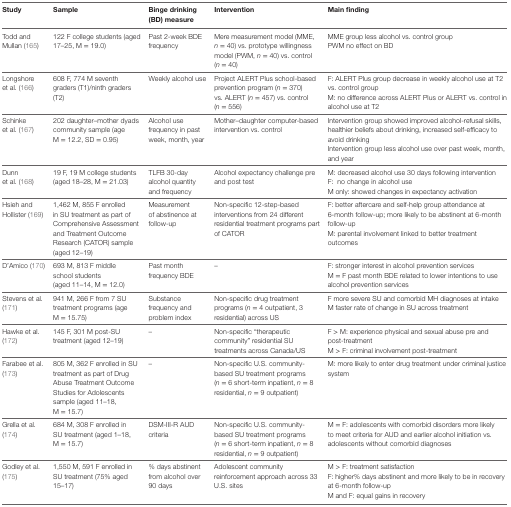
<table><thead><tr><td><b>Study</b></td><td><b>Sample</b></td><td><b>Binge drinking (BD) measure</b></td><td><b>Intervention</b></td><td><b>Main finding</b></td></tr></thead><tbody><tr><td>Todd and Mullan (165)</td><td>122 F college students (aged 17–25, M = 19.0)</td><td>Past 2-week BDE frequency</td><td>Mere measurement model (MME, <i>n</i> = 40) vs. prototype willingness model (PWM, <i>n</i> = 40) vs. control (<i>n</i> = 40)</td><td>MME group less alcohol vs. control groupPWM no effect on BD</td></tr><tr><td>Longshore et al. (166)</td><td>608 F, 774 M seventh graders (T1)/ninth graders (T2)</td><td>Weekly alcohol use</td><td>Project ALERT Plus school-based prevention program (<i>n</i> = 370) vs. ALERT (<i>n</i> = 457) vs. control (<i>n</i> = 556)</td><td>F: ALERT Plus group decrease in weekly alcohol use at T2 vs. control groupM: no difference across ALERT Plus or ALERT vs. control in alcohol use at T2</td></tr><tr><td>Schinke et al. (167)</td><td>202 daughter–mother dyads community sample (age M = 12.2, SD = 0.95)</td><td>Alcohol use frequency in past week, month, year</td><td>Mother–daughter computer-based intervention vs. control</td><td>Intervention group showed improved alcohol-refusal skills, healthier beliefs about drinking, increased self-efficacy to avoid drinkingIntervention group less alcohol use over past week, month, and year</td></tr><tr><td>Dunn et al. (168)</td><td>19 F, 19 M college students (aged 18–28, M = 21.03)</td><td>TLFB 30-day alcohol quantity and frequency</td><td>Alcohol expectancy challenge pre and post test</td><td>M: decreased alcohol use 30 days following interventionF: no change in alcohol useM only: showed changes in expectancy activation</td></tr><tr><td>Hsieh and Hollister (169)</td><td>1,462 M, 855 F enrolled in SU treatment as part of Comprehensive Assessment and Treatment Outcome Research (CATOR) sample (aged 12–19)</td><td>Measurement of abstinence at follow-up</td><td>Non-specific 12-step-based interventions from 24 different residential treatment programs part of CATOR</td><td>F: better aftercare and self-help group attendance at 6-month follow-up; more likely to be abstinent at 6-month follow-upM: parental involvement linked to better treatment outcomes</td></tr><tr><td>D’Amico (170)</td><td>693 M, 813 F middle school students(aged 11–14, M = 12.0)</td><td>Past month frequency BDE</td><td>–</td><td>F: stronger interest in alcohol prevention servicesM = F past month BDE related to lower intentions to use alcohol prevention services</td></tr><tr><td>Stevens et al. (171)</td><td>941 M, 266 F from 7 SU treatment programs (age M = 15.75)</td><td>Substance frequency and problem index</td><td>Non-specific drug treatment programs (<i>n</i> = 4 outpatient, 3 residential) across US</td><td>F more severe SU and comorbid MH diagnoses at intakeM faster rate of change in SU across treatment</td></tr><tr><td>Hawke et al. (172)</td><td>145 F, 301 M post-SU treatment (aged 12–19)</td><td>–</td><td>Non-specific “therapeutic community” residential SU treatments across Canada/US</td><td>F &gt; M: experience physical and sexual abuse pre and post-treatmentM &gt; F: criminal involvement post-treatment</td></tr><tr><td>Farabee et al. (173)</td><td>805 M, 362 F enrolled in SU treatment as part of Drug Abuse Treatment Outcome Studies for Adolescents sample (aged 11–18, M = 15.7)</td><td>–</td><td>Non-specific U.S. community-based SU treatment programs (<i>n</i> = 6 short-term inpatient, <i>n</i> = 8 residential, <i>n</i> = 9 outpatient)</td><td>M: more likely to enter drug treatment under criminal justice system</td></tr><tr><td>Grella et al. (174)</td><td>684 M, 308 F enrolled in SU treatment (aged 1–18, M = 15.7)</td><td>DSM-III-R AUD criteria</td><td>Non-specific U.S. community-based SU treatment programs (<i>n</i> = 6 short-term inpatient, <i>n</i> = 8 residential, <i>n</i> = 9 outpatient)</td><td>M = F: adolescents with comorbid disorders more likely to meet criteria for AUD and earlier alcohol initiation vs. adolescents without comorbid diagnoses</td></tr><tr><td>Godley et al. (175)</td><td>1,550 M, 591 F enrolled in SU treatment (75% aged 15–17)</td><td>% days abstinent from alcohol over 90 days</td><td>Adolescent community reinforcement approach across 33 U.S. sites</td><td>M &gt; F: treatment satisfactionF: higher% days abstinent and more likely to be in recovery at 6-month follow-upM and F: equal gains in recovery</td></tr></tbody></table>